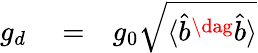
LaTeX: \begin{array}{rlr}{g_{d}}&{{}=}&{g_{0}\sqrt{\langle\hat{b}^{\dag}\hat{b}\rangle}}\end{array}